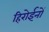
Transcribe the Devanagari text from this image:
हिरोईनों